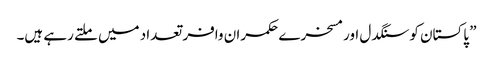
” پاکستان کو سنگدل اور مسخرے حکمران وافر تعداد میں ملتے رہے ہیں۔